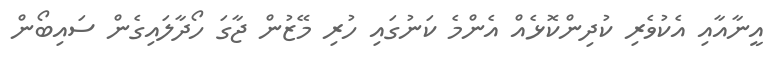
އީނާއާއި އެކުވެރި ކުދިންކޮޅެއް އެންމެ ކަނުގައި ހުރި މޭޒުން ޖާގަ ހޯދާލައިގެން ސައިބޯން